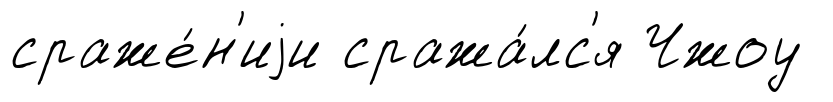
сраже́н'иjи сража́лс'я Чжоу